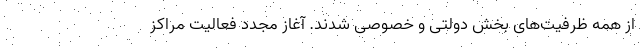
از همه ظرفیت‌های بخش دولتی و خصوصی شدند. آغاز مجدد فعالیت‌ مراکز